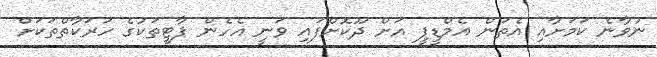
ނުވާނެ ކަމަށާއި އެތަން އެމްޑީޕީ އަށް ދޫކޮށްފައި ވަނީ އެހެން ޕާޓީތަކުގެ ހަރަކާތްތަކަށް